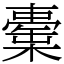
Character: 㯱